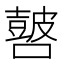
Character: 𰈺